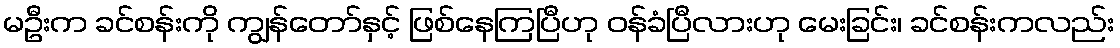
မဦးက ခင်စန်းကို ကျွန်တော်နှင့် ဖြစ်နေကြပြီဟု ဝန်ခံပြီလားဟု မေးခြင်း၊ ခင်စန်းကလည်း